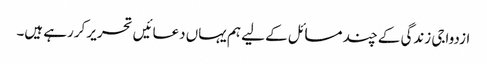
ازدواجی زندگی کے چند مسائل کے لیے ہم یہاں دعائیں تحریر کررہے ہیں۔